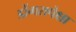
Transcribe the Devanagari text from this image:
डोंगरापेक्षा